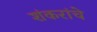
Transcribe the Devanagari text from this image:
शंकरांचे